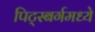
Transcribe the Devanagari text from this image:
पिट्स्बर्गमध्ये